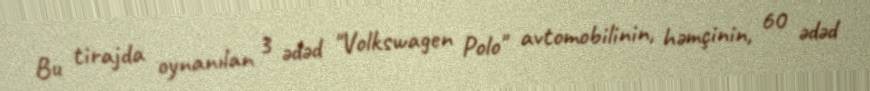
Bu tirajda oynanılan 3 ədəd "Volkswagen Polo" avtomobilinin, həmçinin, 60 ədəd